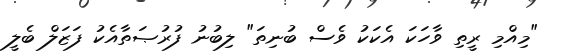
"މިއްމި ރީތި ވާހަކަ އެކަކު ވެސް ބުނިތަ" ލިބުނު ފުރުޞަތާއެކު ފަޒަލް ބެލީ